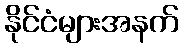
နိုင်ငံများအနက်